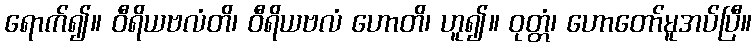
ရောက်၍။ ဝီရိယဗလံတိ၊ ဝီရိယဗလံ ဟောတိ၊ ဟူ၍။ ဝုတ္တံ၊ ဟောတော်မူအပ်ပြီ။